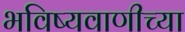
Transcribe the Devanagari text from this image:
भविष्यवाणीच्या